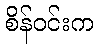
စိန်ဝင်းက